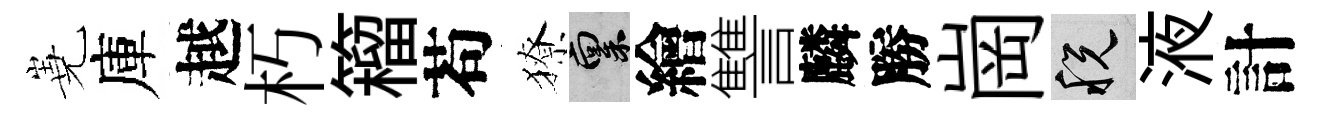
嶤庫越朽籕苟獠禀繪讐麟勝崗税液計